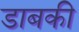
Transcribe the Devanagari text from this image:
डाबकी